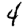
Digit: 4